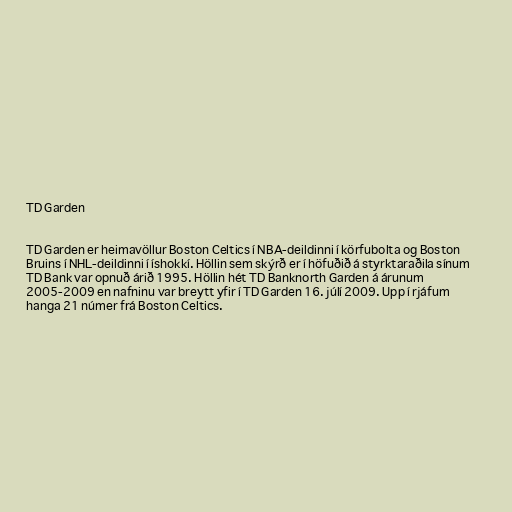
TD Garden

TD Garden er heimavöllur Boston Celtics í NBA-deildinni í körfubolta og Boston
Bruins í NHL-deildinni í íshokkí. Höllin sem skýrð er í höfuðið á styrktaraðila sínum
TD Bank var opnuð árið 1995. Höllin hét TD Banknorth Garden á árunum
2005-2009 en nafninu var breytt yfir í TD Garden 16. júlí 2009. Upp í rjáfum
hanga 21 númer frá Boston Celtics.